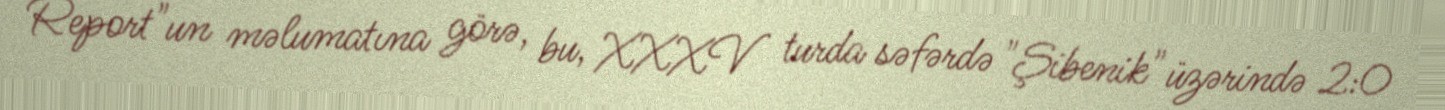
Report"un məlumatına görə, bu, XXXV turda səfərdə "Şibenik" üzərində 2:0